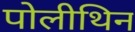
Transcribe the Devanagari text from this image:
पोलीथिन